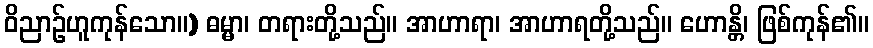
ဝိညာဉ်ဟူကုန်သော။) ဓမ္မာ၊ တရားတို့သည်။ အာဟာရာ၊ အာဟာရတို့သည်။ ဟောန္တိ၊ ဖြစ်ကုန်၏။